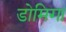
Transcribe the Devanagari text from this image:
डोमिगा